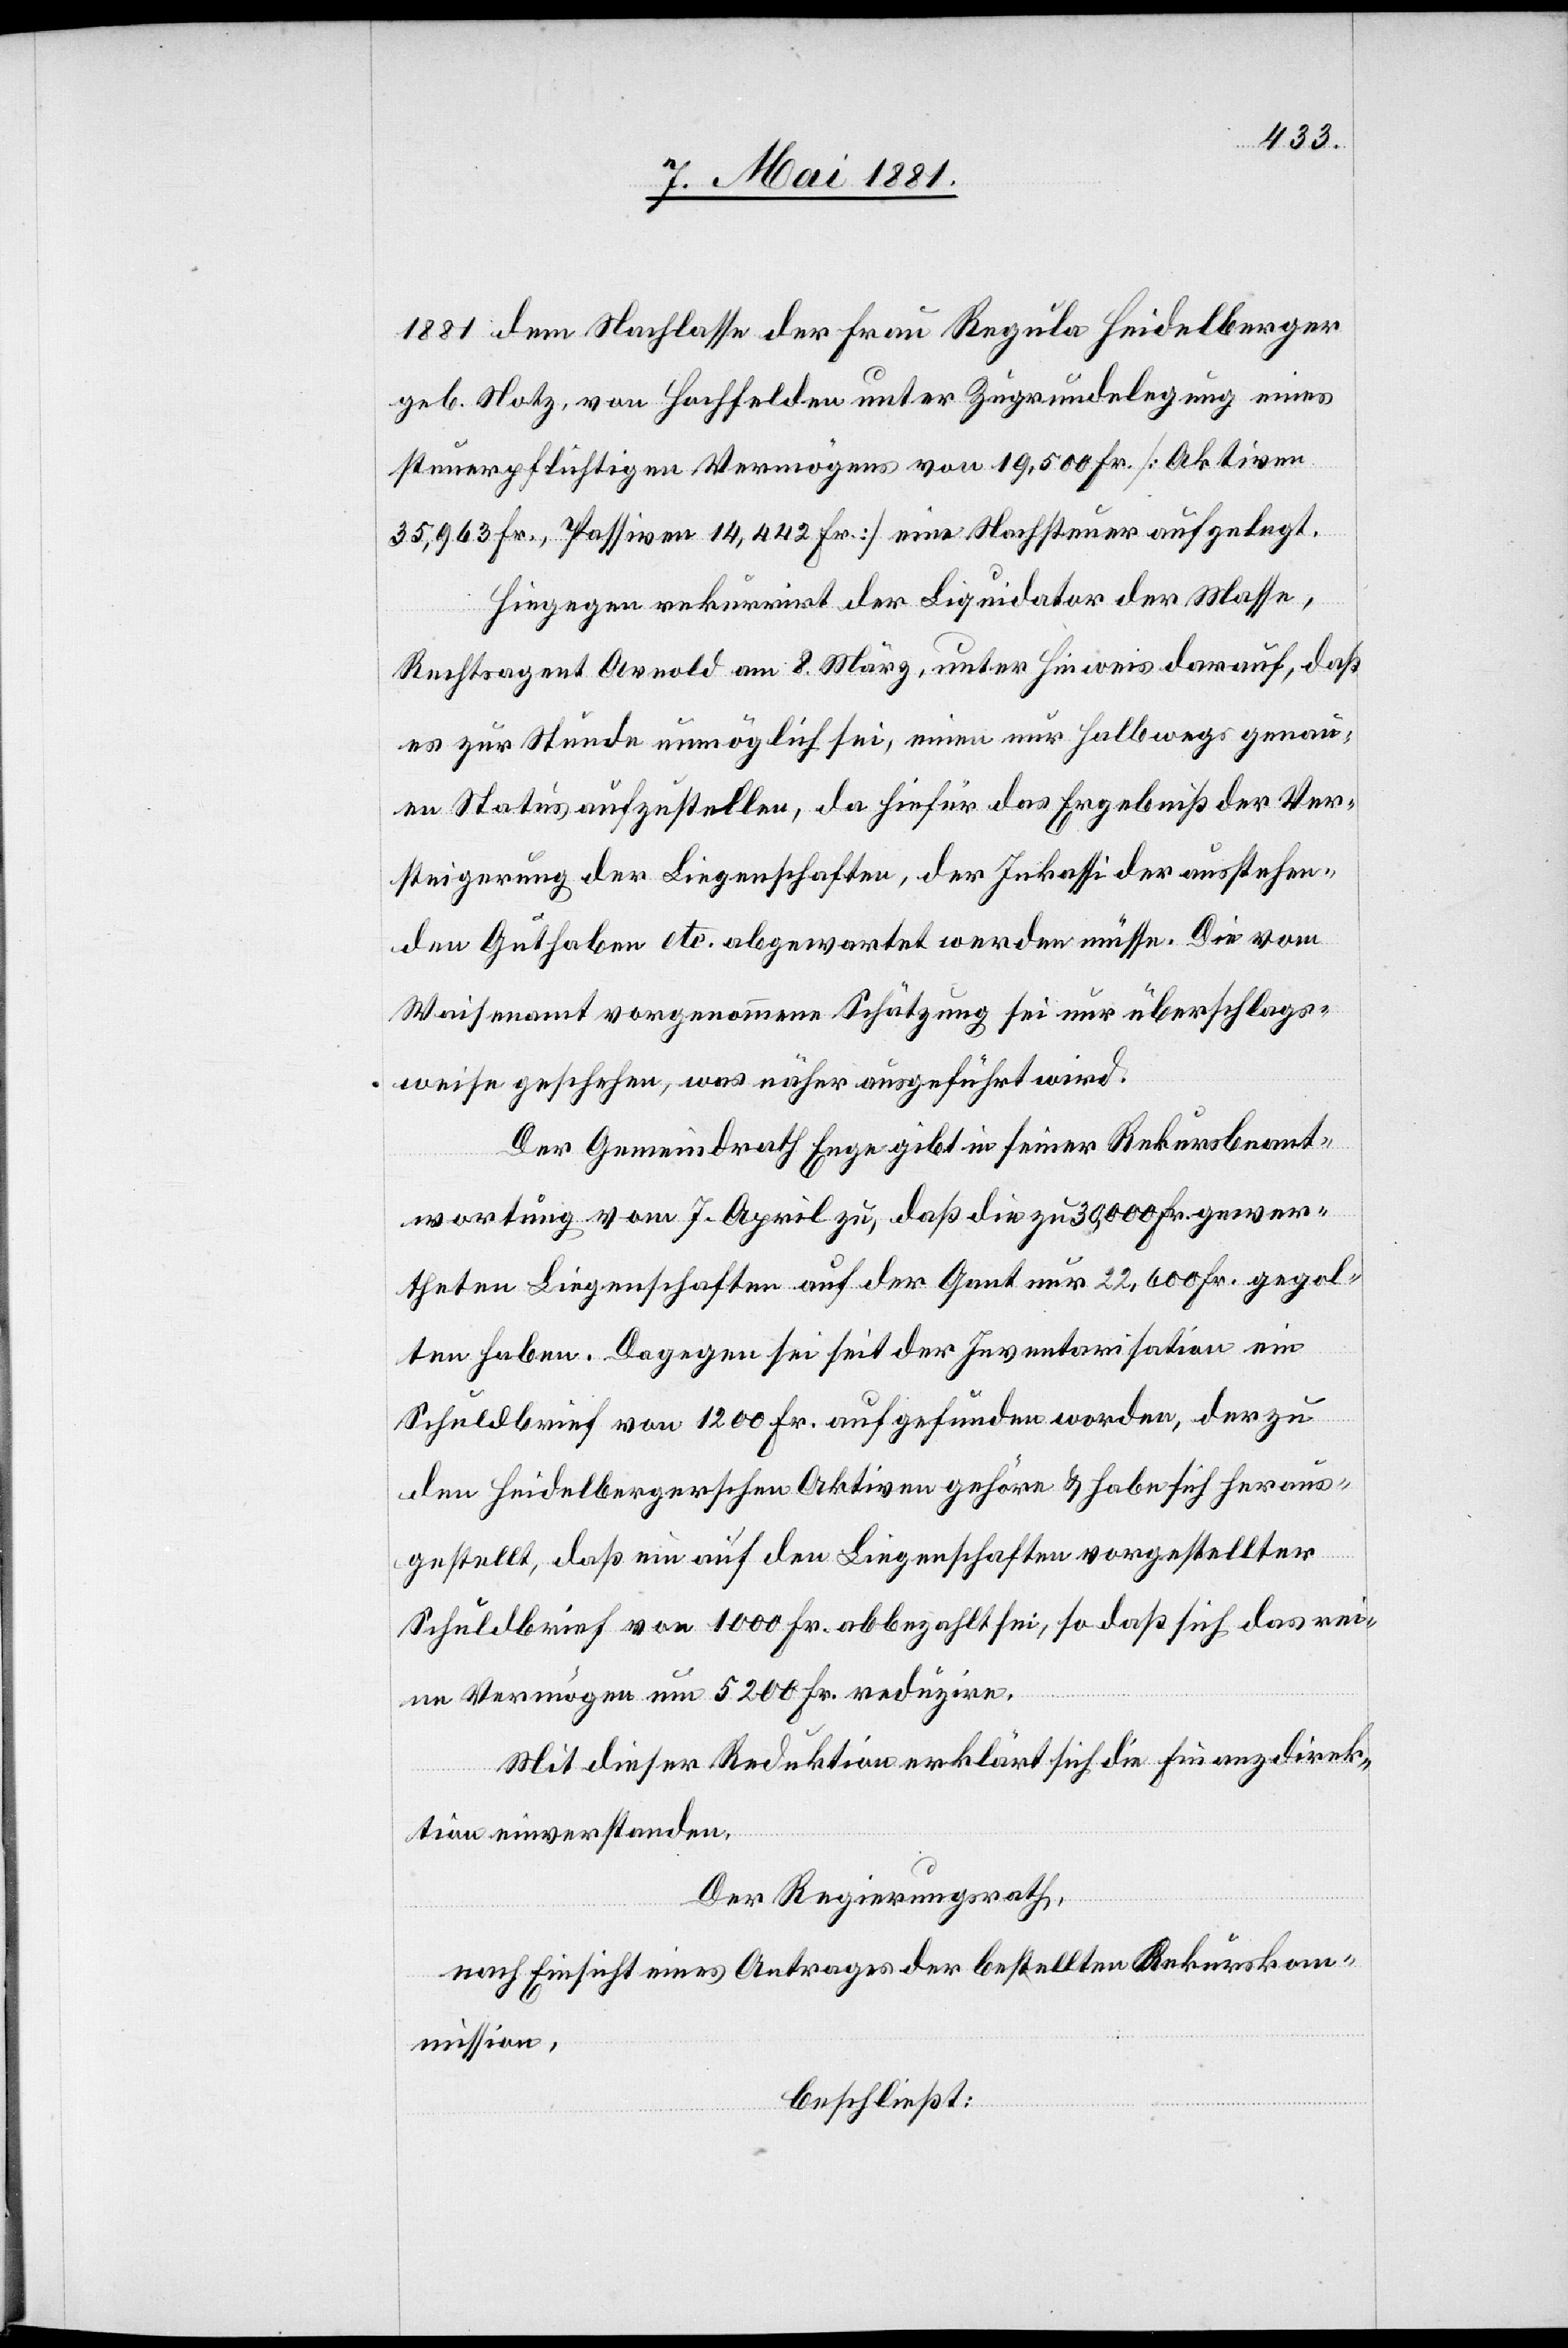
1881 dem Nachlasse der Frau Regula Heidelberger
geb. Stolz, von Hochfelden unter Zugrundelegung eines
steuerpflichtigen Vermögens von 19,500 Fr. [Aktiven
35,963 Fr., Passiven 14,442 Fr.] eine Nachsteuer aufgelegt.
Hiegegen rekurrirt der Liquidator der Masse,
Rechtsagent Arnold am 8. März, unter Hinweis darauf, daß
es zur Stunde unmöglich sei, einen nur halbwegs genau¬
en Status aufzustellen, da hiefür das Ergebniß der Ver¬
steigerung der Liegenschaften, der Inkassi der ausstehen¬
den Guthaben etc. abgewartet werden müsse. Die vom
Waisenamt vorgenommene Schätzung sei nur überschlags¬
weise geschehen, was näher ausgeführt wird.
Der Gemeindrath Enge gibt in seiner Rekursbeant¬
wortung vom 7. April zu, daß die zu 30,000 Fr. gewer¬
theten Liegenschaften auf der Gant nur 22,600 Fr. gegol¬
ten haben. Dagegen sei seit der Inventarisation ein
Schuldbrief von 1200 Fr. aufgefunden worden, der zu
den heidelbergerschen Aktiven gehöre & habe sich heraus¬
gestellt, daß ein auf den Liegenschaften vorgestellter
Schuldenbrief von 1000 Fr. abbezahlt sei, so daß sich das rei¬
ne Vermögen um 5200 Fr. reduzire.
Mit dieser Reduktion erklärt sich die Finanzdirek¬
tion einverstanden.
Der Regierungsrath,
nach Einsicht eines Antrages der bestellten Rekurskom¬
mission,
beschließt: